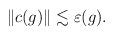
LaTeX: \begin{align*} \| c(g)\| \lesssim \varepsilon(g).\end{align*}